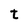
Character: t